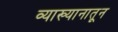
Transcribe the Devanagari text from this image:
व्याख्यानातून